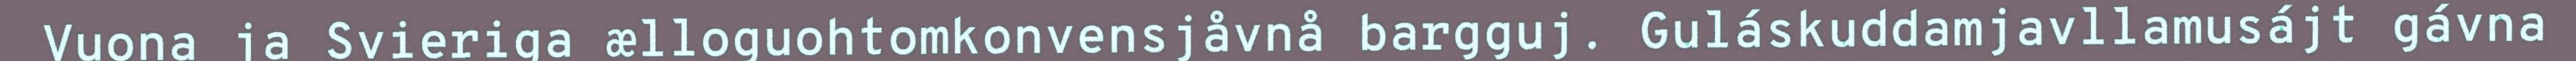
Vuona ja Svieriga ælloguohtomkonvensjåvnå bargguj. Guláskuddamjavllamusájt gávna